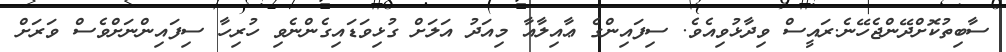
ސާބިތުކޮށްދޭންޖެހޭނެ.ރައީސް ވިދާޅުވިއެވެ. ސިފައިންގެ ޢާއިލާއާ މިއަދު އަލަށް ގުޅިވަޑައިގެންނެވި ހުރިހާ ސިފައިންނަށްވެސް ވަރަށް